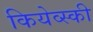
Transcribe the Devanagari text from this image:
कियेव्स्की